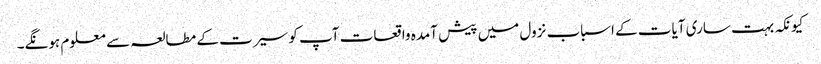
کیونکہ بہت ساری آیات کے اسباب نزول میں پیش آمدہ واقعات آپ کو سیرت کے مطالعہ سے معلوم ہونگے۔